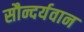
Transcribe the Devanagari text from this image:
सौन्दर्यवान